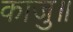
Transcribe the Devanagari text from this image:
काजु॥